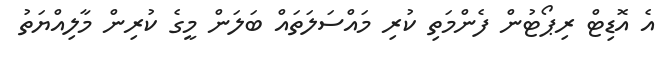
އެ އޮޑިޓް ރިޕޯޓުން ފެންމަތި ކުރި މައްސަލަތައް ބަލަން މީގެ ކުރިން މާލިއްޔަތު